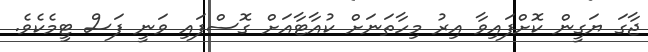
ޖާގަ ޔަގީން ކޮށްފައިވާ އިރު މިހާތަނަށް ކުއާޓާއަށް ގޮސްފައި ވަނީ ފަސް ޓީމެކެވެ.